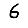
Digit: 6